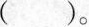
( ）。